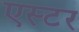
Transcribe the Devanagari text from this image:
एस्‍टर